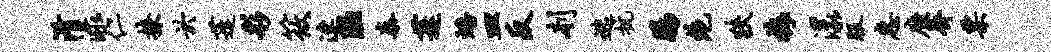
淆渌仁撩於蓬彩筱速陋秦蓬蟠皿反刳逃抗肠绝狭梅漾服惠靡齐票